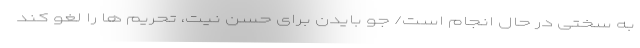
به سختی در حال انجام است/ جو بایدن برای حسن نیت، تحریم ها را لغو کند